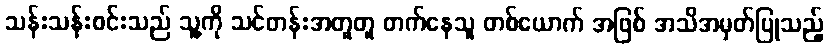
သန်းသန်းဝင်းသည် သူ့ကို သင်တန်းအတူတူ တက်နေသူ တစ်ယောက် အဖြစ် အသိအမှတ်ပြုသည့်